Applicability to medico-legal practice in India of the biochemical tests for the origin of blood-stains - Number 39
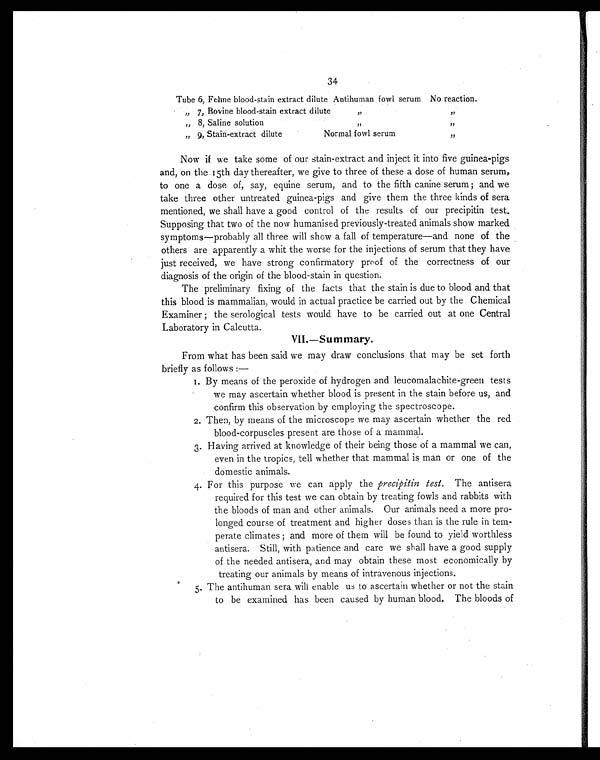
34
Tube 6, Feline blood-stain extract dilute Antihuman fowl serum No reaction.
„ 7, Bovine blood-stain extract dilute
"
"
"
8, Saline solution
"
"
" 9, Stain-extract dilute
Normal fowl serum
"
Now if we take some of our stain-extract and inject it into five guinea-pigs
and, on the 15th day thereafter, we give to three of these a dose of human serum,
to one a dose of, say, equine serum, and to the fifth canine serum; and we
take three other untreated guinea-pigs and give them the three kinds of sera
mentioned, we shall have a good control of the results of our precipitin test.
Supposing that two of the now humanised previously-treated animals show marked
symptoms—probably all three will show a fall of temperature—and none of the
others are apparently a whit the worse for the injections of serum that they have
just received, we have strong confirmatory proof of the correctness of our
diagnosis of the origin of the blood-stain in question.
The preliminary fixing of the facts that the stain is due to blood and that
this blood is mammalian, would in actual practice be carried out by the Chemical
Examiner; the serological tests would have to be carried out at one Central
Laboratory in Calcutta.
V I I . — S u m m a r y .
From what has been said we may draw conclusions that may be set forth
briefly as follows:
—
1 . B y m e a n s o f t h e p e r o x i d e o f h y d r o g e n a n d l e u c o m a l a c h i t e - g r e e n t e s t s
we may ascertain whether blood is present in the stain before us, and
confirm this observation by employing the spectroscope.
2. Then, by means of the microscope we may ascertain whether the red
blood-corpuscles present are those of a mammal.
3. Having arrived at knowledge of their being those of a mammal we can,
even in the tropics, tell whether that mammal is man or one of the
domestic animals.
4. For this purpose we can apply the precipitin test. The antisera
required for this test we can obtain by treating fowls and rabbits with
the bloods of man and other animals. Our animals need a more pro-
longed course of treatment and higher doses than is the rule in tem-
perate climates; and more of them will be found to yield worthless
antisera. Still, with patience and care we shall have a good supply
of the needed antisera, and may obtain these most economically by
treating our animals by means of intravenous injections.
5. The antihuman sera will enable us to ascertain whether or not the stain
to be examined has been caused by human blood. The bloods of